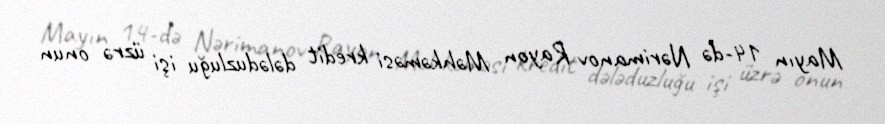
Mayın 14-də Nərimanov Rayon Məhkəməsi kredit dələduzluğu işi üzrə onun